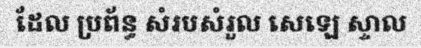
ដែល ប្រព័ន្ធ សំរបសំរួល សេឡេ ស្ទាល